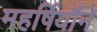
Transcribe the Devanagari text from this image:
महर्षियौंने